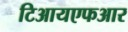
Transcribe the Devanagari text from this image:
टिआयएफआर